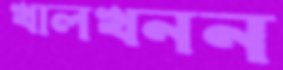
খালখনন